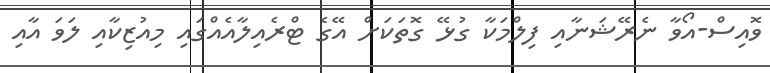
ވޮއިސް-އޯވާ ނެރޭޝަނާއި ފިލްމަކާ ގުޅޭ ގޮތަކަށް އޭގެ ޓްރެއިލާއެއްގައި މިއުޒިކާއި ލަވަ އާއި